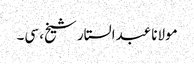
مولانا عبدالستار شیخ، سی۔